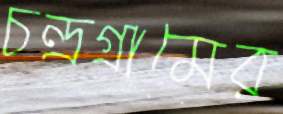
চন্দ্রগ্রামের